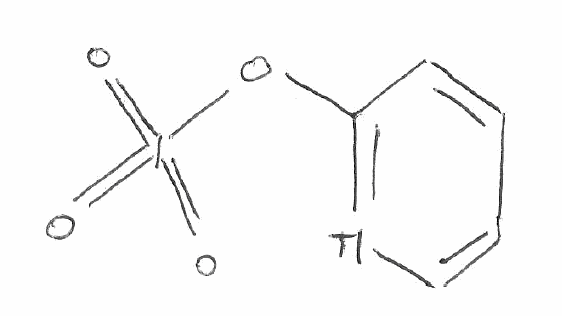
Simplified molecular-input line-entry system (SMILES) notation of the given molecule:
C1=CC(=[Tl]C=C1)OI(=O)(=O)=O